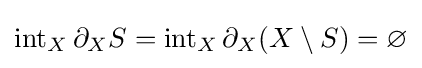
\operatorname {int} _{X}\partial _{X}S=\operatorname {int} _{X}\partial _{X}(X\setminus S)=\varnothing